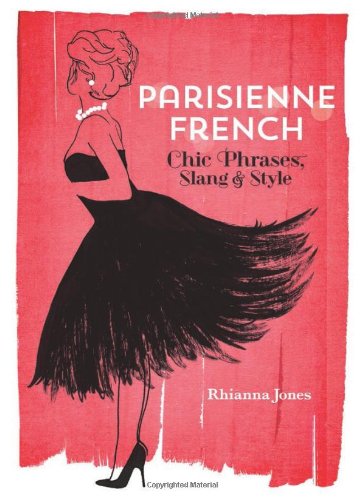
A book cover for Parisienne French: Chic Phrases, Slang and Style; Rhianna Jones; Reference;